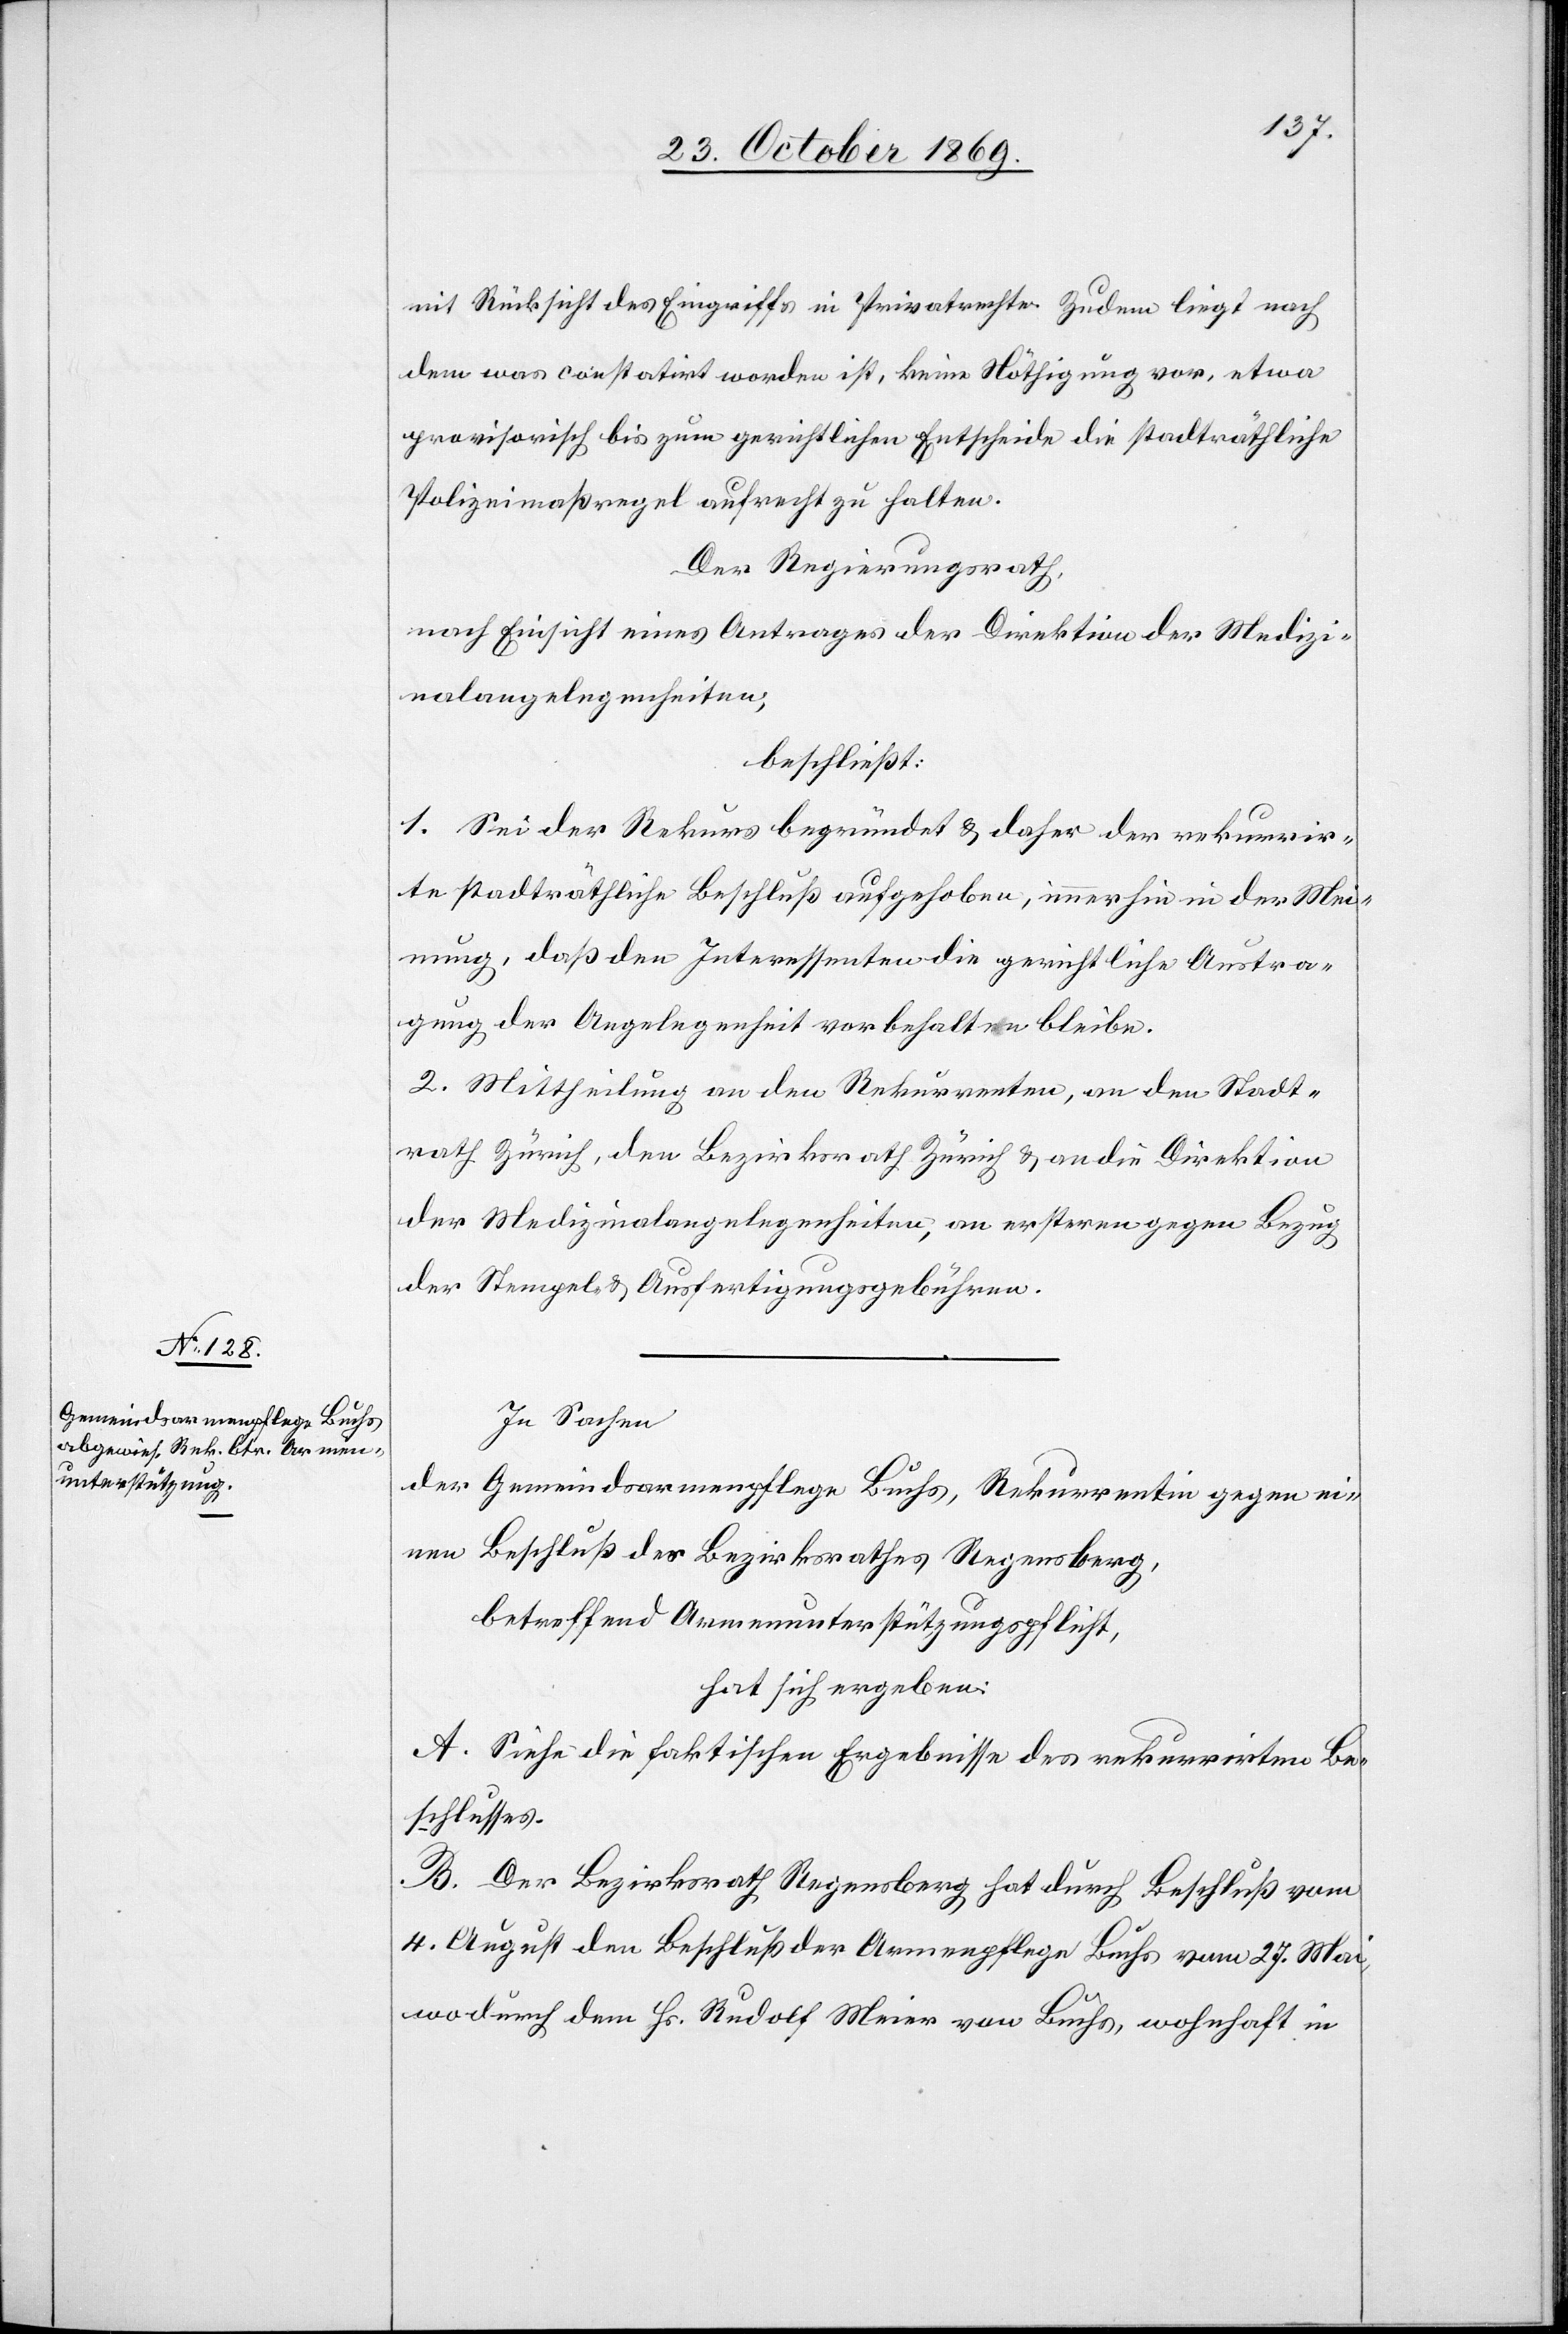
In Sachen
der Gemeindsarmenpflege Buchs, Rekurrentin gegen ei¬
nen Beschluß des Bezirksrathes Regensberg,
betreffend Armenunterstützungspflicht,
hat sich ergeben:
A. Siehe die faktischen Ergebnisse des rekurrirten Be¬
schlusses.
B. Der Bezirksrath Regensberg hat durch Beschluß vom
4. August den Beschluß der Armenpflege Buchs vom 27. Mai,
wodurch dem Hs. Rudolf Meier von Buchs, wohnhaft in